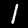
Label: 1